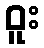
ဝူး